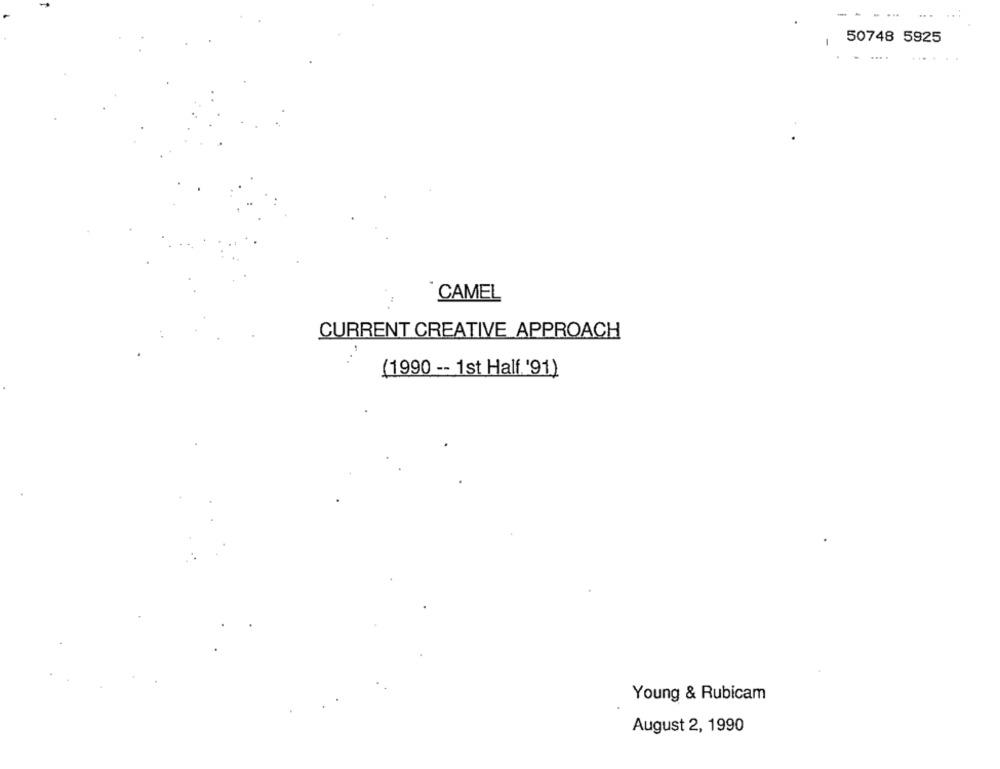
50748 5925
... .
CAMEL
CURRENT CREATIVE APPROACH
(1990 -- 1st Half '91)
Young & Rubicam
August 2, 1990